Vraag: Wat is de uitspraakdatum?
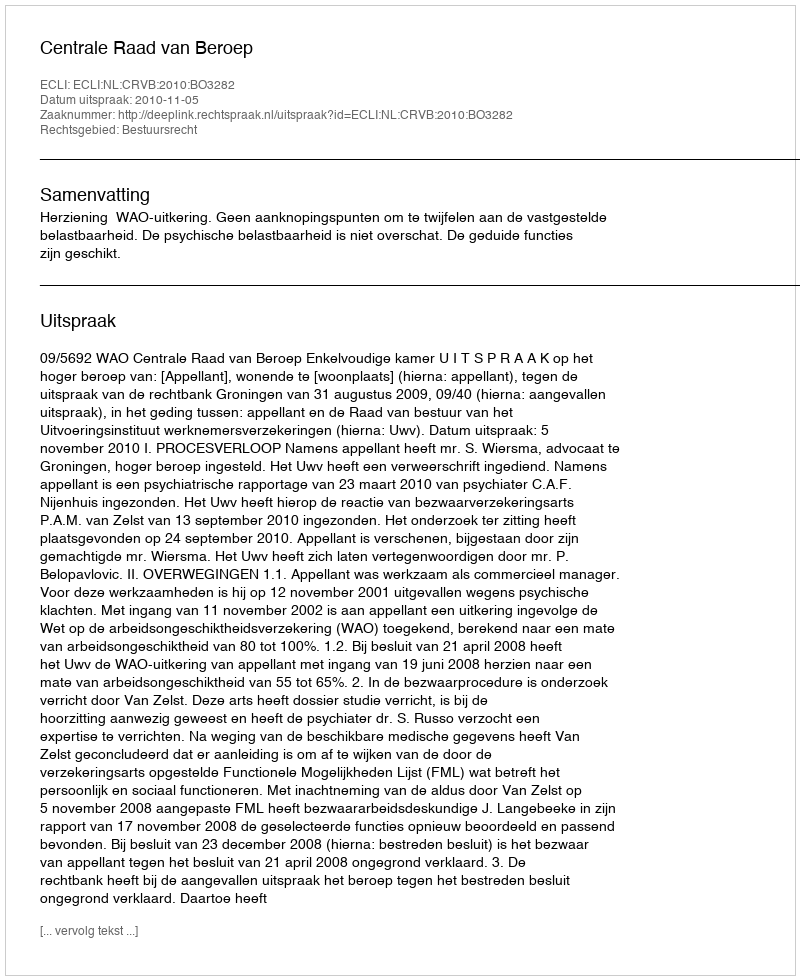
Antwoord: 2010-11-05